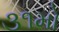
૩૧મો